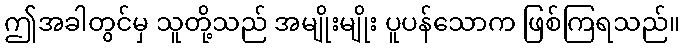
ဤအခါတွင်မှ သူတို့သည် အမျိုးမျိုး ပူပန်သောက ဖြစ်ကြရသည်။